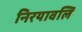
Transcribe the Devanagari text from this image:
निरयावलि